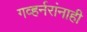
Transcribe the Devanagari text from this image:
गव्हर्नरांनाही